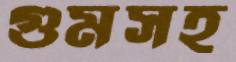
গুমসহ